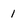
Character: 1